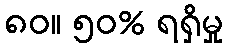
၈၀။ ၅၀% ရရှိမှု